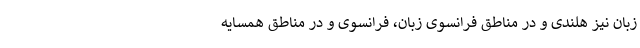
زبان نیز هلندی و در مناطق فرانسوی زبان، فرانسوی و در مناطق همسایه